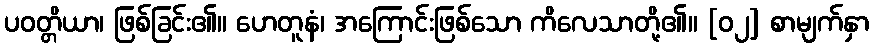
ပဝတ္တိယာ၊ ဖြစ်ခြင်း၏။ ဟေတူနံ၊ အကြောင်းဖြစ်သော ကိလေသာတို့၏။ [၀၂] စာမျက်နှာ